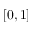
[ 0 , 1 ]